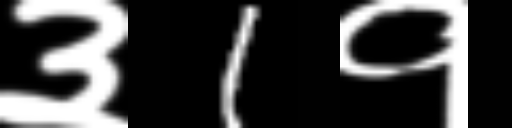
Text: ३1१